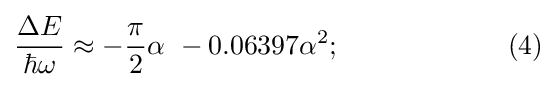
{\frac {\Delta E}{\hbar \omega }}\approx -{\frac {\pi }{2}}\alpha \ -0.06397\alpha ^{2};\qquad \qquad \qquad (4)